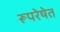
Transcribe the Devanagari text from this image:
रूपरेषेत